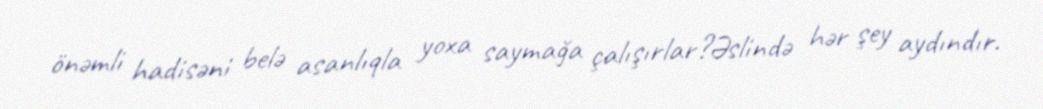
önəmli hadisəni belə asanlıqla yoxa saymağa çalışırlar?Əslində hər şey aydındır.